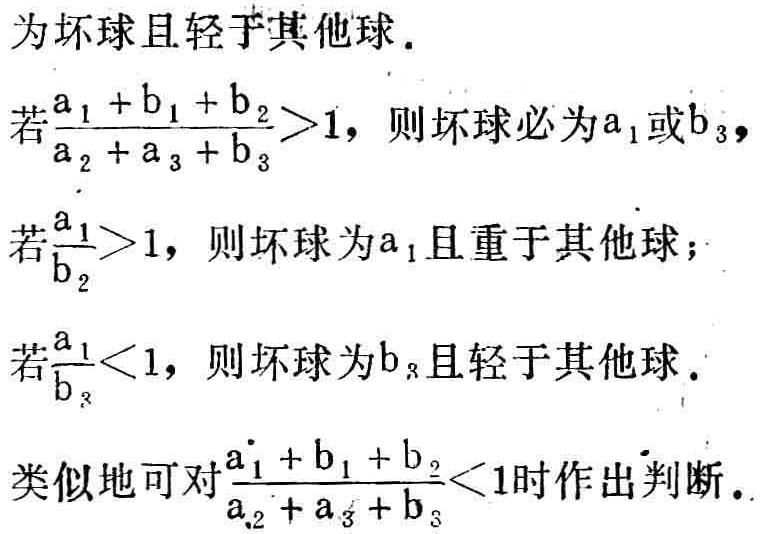
为坏球且轻于其他球.
若$\frac{a_{1} + b_{1} + b_{2}}{a_{2} + a_{3} + b_{3}}>1$，则坏球必为$a_{1}$或$b_{3}$，
若$\frac{a_{1}}{b_{2}}>1$，则坏球为$a_{1}$且重于其他球；
若$\frac{a_{1}}{b_{3}}<1$，则坏球为$b_{3}$且轻于其他球.
类似地可对$\frac{a_{1} + b_{1} + b_{2}}{a_{2} + a_{3} + b_{3}}<1$时作出判断.